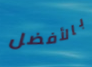
بالأفضل